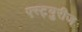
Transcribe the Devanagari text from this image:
एस्ट्युरीज